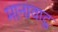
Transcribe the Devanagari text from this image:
मानावाटु